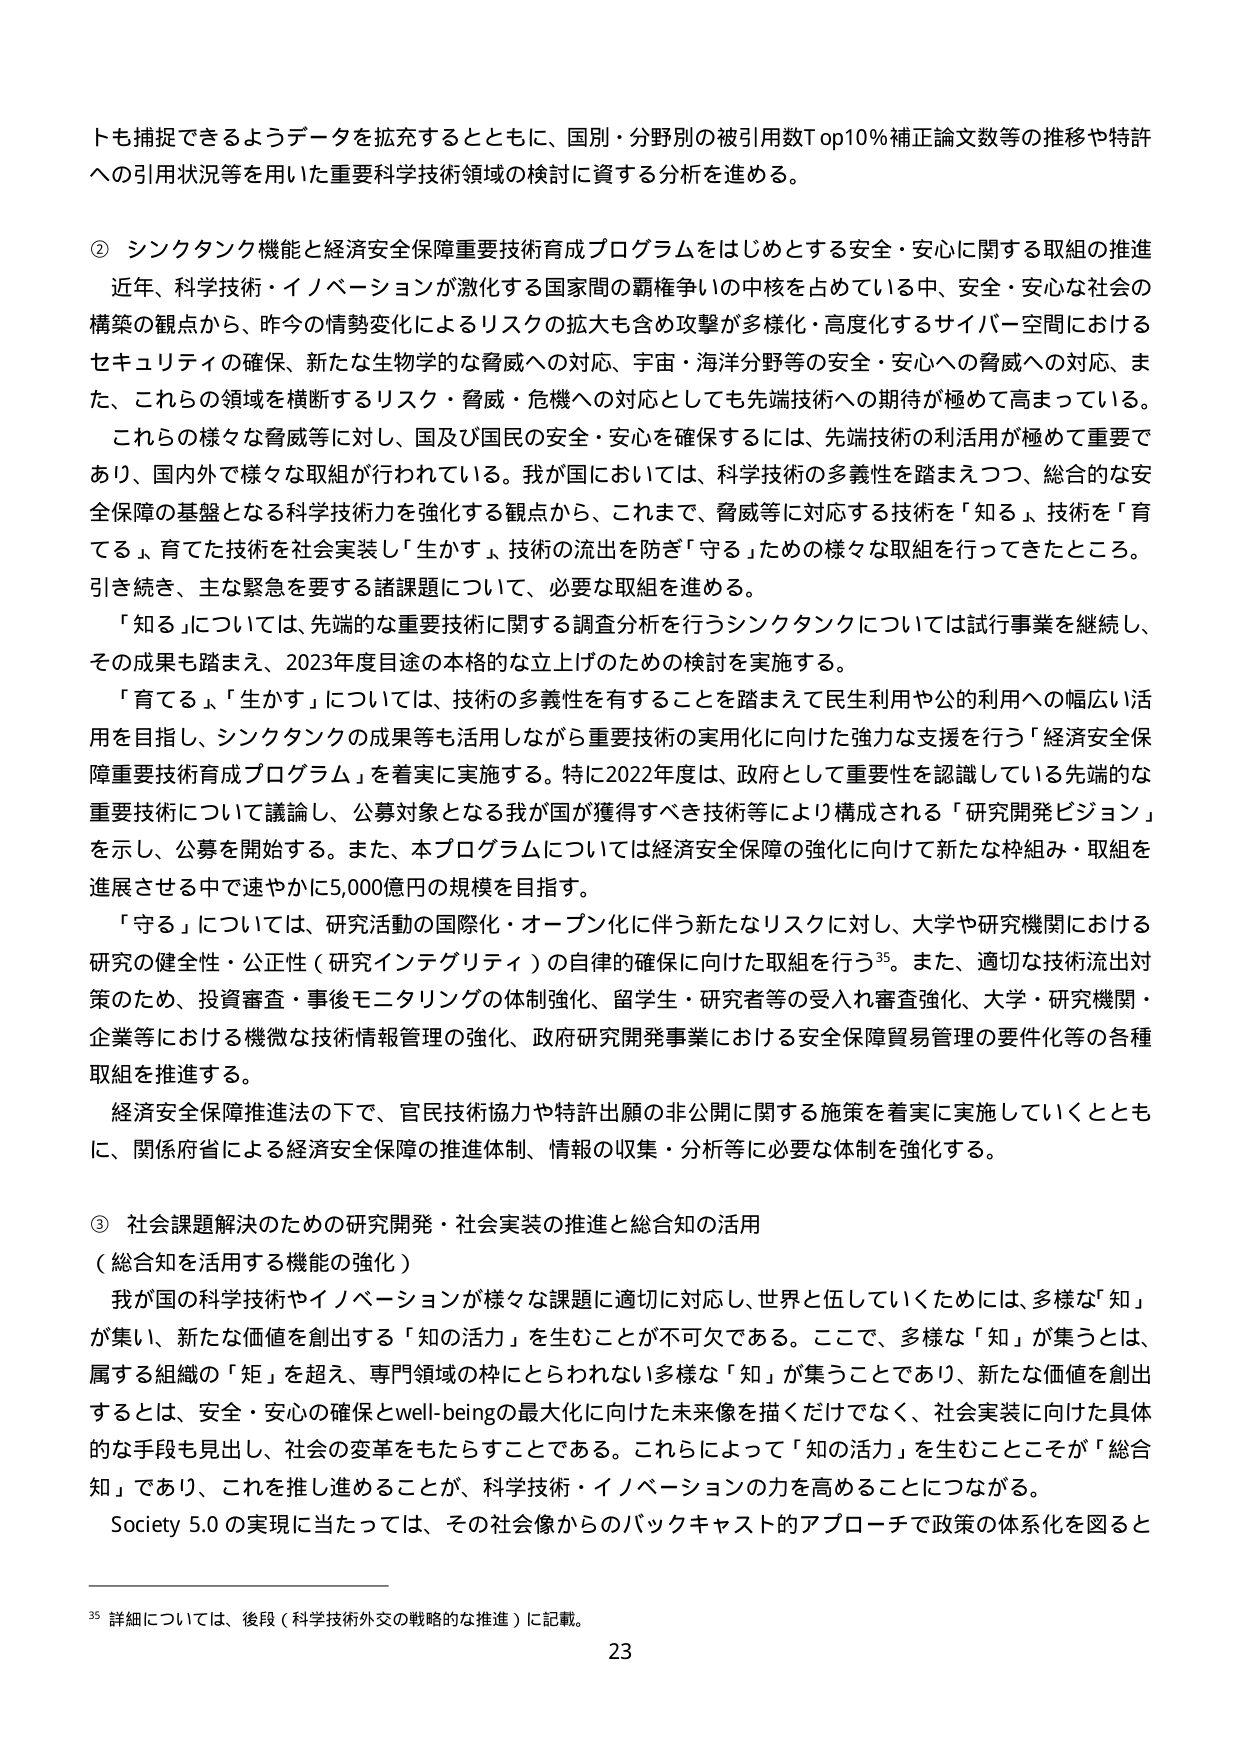
トも捕捉できるようデータを拡充するとともに、国別・分野別の被引用数Top10％補正論文数等の推移や特許への引用状況等を用いた重要科学技術領域の検討に資する分析を進める。

② シンクタンク機能と経済安全保障重要技術育成プログラムをはじめとする安全・安心に関する取組の推進

近年、科学技術・イノベーションが激化する国家間の覇権争いの中核を占めている中、安全・安心な社会の構築の観点から、昨今の情勢変化によるリスクの拡大も含め攻撃が多様化・高度化するサイバー空間におけるセキュリティの確保、新たな生物学的な脅威への対応、宇宙・海洋分野等の安全・安心への脅威への対応、また、これらの領域を横断するリスク・脅威・危機への対応としても先端技術への期待が極めて高まっている。

これらの様々な脅威等に対し、国及び国民の安全・安心を確保するには、先端技術の利活用が極めて重要であり、国内外で様々な取組が行われている。我が国においては、科学技術の多義性を踏まえつつ、総合的な安全保障の基盤となる科学技術力を強化する観点から、これまで、脅威等に対応する技術を「知る」、技術を「育てる」、育てた技術を社会実装し「生かす」、技術の流出を防ぎ「守る」ための様々な取組を行ってきたところ。引き続き、主な緊急を要する諸課題について、必要な取組を進める。

「知る」については、先端的重要技術に関する調査分析を行うシンクタンクについては試行事業を継続し、その成果も踏まえ、2023年度目途の本格的な立上げのための検討を実施する。

「育てる」「生かす」については、技術の多義性を有することを踏まえて民生利用や公的利用への幅広い活用を目指し、シンクタンクの成果等も活用しながら重要技術の実用化に向けた強力な支援を行う「経済安全保障重要技術育成プログラム」を着実に実施する。特に2022年度は、政府として重要性を認識している先端的な重要技術について議論し、公募対象となる我が国が獲得すべき技術等により構成される「研究開発ビジョン」を示し、公募を開始する。また、本プログラムについては経済安全保障の強化に向けて新たな枠組み・取組を進展させる中で速やかに5,000億円の規模を目指す。

「守る」については、研究活動の国際化・オープン化に伴う新たなリスクに対し、大学や研究機関における研究の健全性・公正性（研究インテグリティ）の自律的確保に向けた取組を行う35。また、適切な技術流出対策のため、投資審査・事後モニタリングの体制強化、留学生・研究者等の受入審査強化、大学・研究機関・企業等における機微な技術情報管理の強化、政府研究開発事業における安全保障貿易管理の要件化等の各種取組を推進する。

経済安全保障推進法の下で、官民技術協力や特許出願の非公開に関する施策を着実に実施していくとともに、関係府省による経済安全保障の推進体制、情報の収集・分析等に必要な体制を強化する。

③ 社会課題解決のための研究開発・社会実装の推進と総合知の活用

（総合知を活用する機能の強化）

我が国の科学技術やイノベーションが様々な課題に適切に対応し、世界と伍していくためには、多様な「知」が集い、新たな価値を創出する「知の活力」を生むことが不可欠である。ここで、多様な「知」が集うとは、属する組織の「矩」を超え、専門領域の枠にとらわれない多様な「知」が集うことであり、新たな価値を創出するとは、安全・安心の確保とwell-beingの最大化に向けた未来像を描くだけでなく、社会実装に向けた具体的な手段も見出し、社会の変革をもたらすことである。これらによって「知の活力」を生むことが「総合知」であり、これを推し進めることこそが、科学技術・イノベーションの力を高めることにつながる。

Society 5.0 の実現に当たっては、その社会像からのバックキャスト的アプローチで政策の体系化を図ると

35 詳細については、後段（科学技術外交の戦略的な推進）に記載。

23